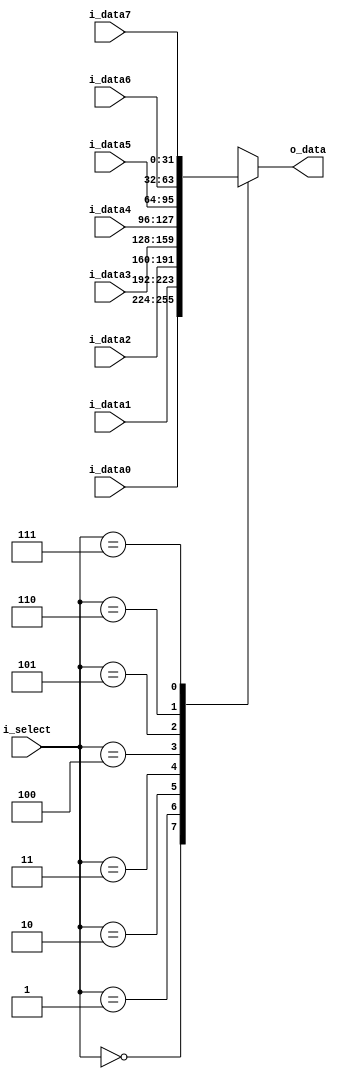
module mux8to1_32bit (o_data, i_data0, i_data1, i_data2, i_data3, i_data4, i_data5, i_data6, i_data7, i_select);

  input [31:0]i_data0;
  input [31:0]i_data1;
  input [31:0]i_data2;
  input [31:0]i_data3;
  input [31:0]i_data4;
  input [31:0]i_data5;
  input [31:0]i_data6;
  input [31:0]i_data7;
  input [2:0] i_select;

  output [31:0]o_data;
  reg    [31:0]o_data;

  always @ (*) begin
    case (i_select)
      3'b000: o_data = i_data0;
      3'b001: o_data = i_data1;
      3'b010: o_data = i_data2;
      3'b011: o_data = i_data3;
      3'b100: o_data = i_data4;
      3'b101: o_data = i_data5;
      3'b110: o_data = i_data6;
      3'b111: o_data = i_data7;
    endcase
  end
endmodule